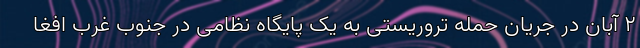
۲ آبان در جریان حمله تروریستی به یک پایگاه نظامی در جنوب غرب افغا